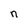
Character: n